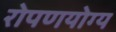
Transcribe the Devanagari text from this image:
रोपणयोग्य